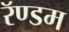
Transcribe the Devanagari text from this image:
रॅण्डम